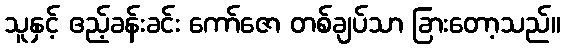
သူနှင့် ဧည့်ခန်းခင်း ကော်ဇော တစ်ချပ်သာ ခြားတော့သည်။